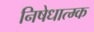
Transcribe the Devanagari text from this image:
निषेधात्म्क